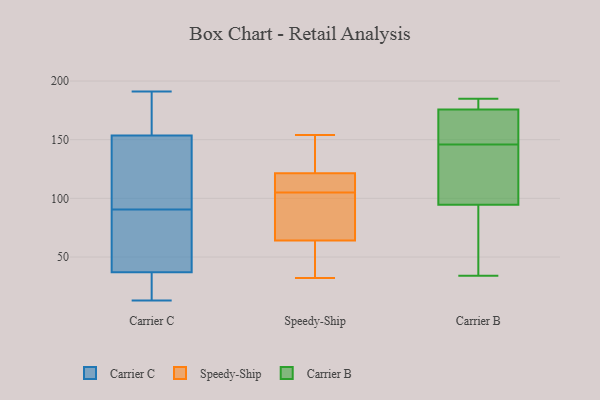
{"axis": {"x": "Churn Rate (%)", "y": "Value"}, "legend": ["Carrier B", "Carrier C", "Speedy-Ship"], "data": [{"x": "", "y": 63, "type": "Carrier C"}, {"x": "", "y": 40, "type": "Carrier C"}, {"x": "", "y": 54, "type": "Carrier C"}, {"x": "", "y": 14, "type": "Carrier C"}, {"x": "", "y": 149, "type": "Carrier C"}, {"x": "", "y": 158, "type": "Carrier C"}, {"x": "", "y": 13, "type": "Carrier C"}, {"x": "", "y": 96, "type": "Carrier C"}, {"x": "", "y": 34, "type": "Carrier C"}, {"x": "", "y": 179, "type": "Carrier C"}, {"x": "", "y": 191, "type": "Carrier C"}, {"x": "", "y": 85, "type": "Carrier C"}, {"x": "", "y": 134, "type": "Carrier C"}, {"x": "", "y": 173, "type": "Carrier C"}, {"x": "", "y": 21, "type": "Carrier C"}, {"x": "", "y": 144, "type": "Carrier C"}, {"x": "", "y": 114, "type": "Speedy-Ship"}, {"x": "", "y": 101, "type": "Speedy-Ship"}, {"x": "", "y": 72, "type": "Speedy-Ship"}, {"x": "", "y": 111, "type": "Speedy-Ship"}, {"x": "", "y": 80, "type": "Speedy-Ship"}, {"x": "", "y": 154, "type": "Speedy-Ship"}, {"x": "", "y": 56, "type": "Speedy-Ship"}, {"x": "", "y": 109, "type": "Speedy-Ship"}, {"x": "", "y": 148, "type": "Speedy-Ship"}, {"x": "", "y": 54, "type": "Speedy-Ship"}, {"x": "", "y": 32, "type": "Speedy-Ship"}, {"x": "", "y": 129, "type": "Speedy-Ship"}, {"x": "", "y": 181, "type": "Carrier B"}, {"x": "", "y": 142, "type": "Carrier B"}, {"x": "", "y": 182, "type": "Carrier B"}, {"x": "", "y": 34, "type": "Carrier B"}, {"x": "", "y": 158, "type": "Carrier B"}, {"x": "", "y": 78, "type": "Carrier B"}, {"x": "", "y": 146, "type": "Carrier B"}, {"x": "", "y": 174, "type": "Carrier B"}, {"x": "", "y": 100, "type": "Carrier B"}, {"x": "", "y": 173, "type": "Carrier B"}, {"x": "", "y": 185, "type": "Carrier B"}, {"x": "", "y": 112, "type": "Carrier B"}, {"x": "", "y": 34, "type": "Carrier B"}]}